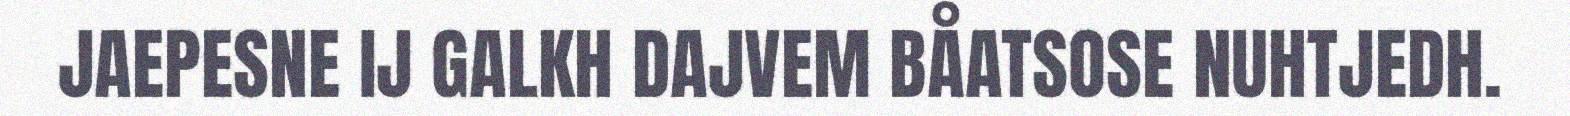
JAEPESNE IJ GALKH DAJVEM BÅATSOSE NUHTJEDH.